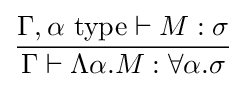
{\frac {\Gamma ,\alpha ~{\text{type}}\vdash M:\sigma }{\Gamma \vdash \Lambda \alpha .M:\forall \alpha .\sigma }}